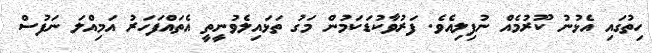
ހިތުގައި އެޅުނު ކޫރުމެއް ނުފިލިއެވެ. ފަރުވާކުޑަކަމުން މަގު ތަޅައިލެވުނީތީ އެތައްފަހަރު އަމިއްލަ ނަފުސް